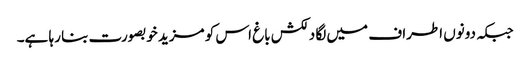
جبکہ دونوں اطراف میں لگا دلکش باغ اس کو مزید خوبصورت بنا رہا ہے۔